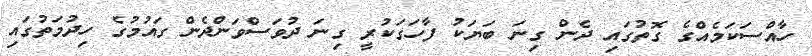
ހާއްސަކަމެއްގެ ގޮތުގައި ދެން ގިނަ ބަޔަކު ފާހަގަކުރީ ގިނަ ދުވަސްވަންދެން ގައުމުގެ ހިދުމަތުގައި